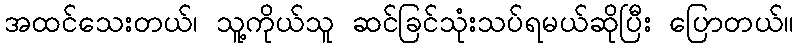
အထင်သေးတယ်၊ သူ့ကိုယ်သူ ဆင်ခြင်သုံးသပ်ရမယ်ဆိုပြီး ပြောတယ်။